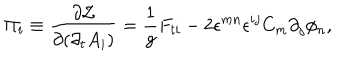
LaTeX: \Pi _ { i } \equiv { \frac { \partial { \cal L } } { \partial { ( \partial _ { t } A _ { i } ) } } } = { \frac { 1 } { g } } F _ { t i } - 2 \epsilon ^ { m n } \epsilon ^ { i j } C _ { m } \partial _ { j } \phi _ { n } ,